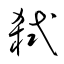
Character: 弑